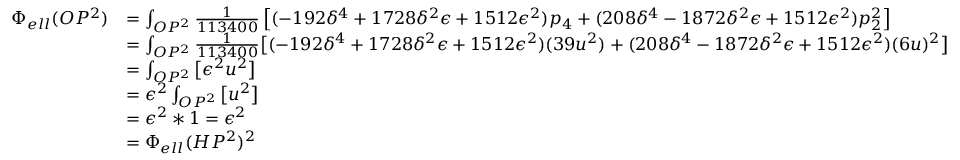
{ \begin{array} { r l } { \Phi _ { e l l } ( O P ^ { 2 } ) } & { = \int _ { O P ^ { 2 } } { \frac { 1 } { 1 1 3 4 0 0 } } \left[ ( - 1 9 2 \delta ^ { 4 } + 1 7 2 8 \delta ^ { 2 } \epsilon + 1 5 1 2 \epsilon ^ { 2 } ) p _ { 4 } + ( 2 0 8 \delta ^ { 4 } - 1 8 7 2 \delta ^ { 2 } \epsilon + 1 5 1 2 \epsilon ^ { 2 } ) p _ { 2 } ^ { 2 } \right] } \\ & { = \int _ { O P ^ { 2 } } { \frac { 1 } { 1 1 3 4 0 0 } } { \big [ } ( - 1 9 2 \delta ^ { 4 } + 1 7 2 8 \delta ^ { 2 } \epsilon + 1 5 1 2 \epsilon ^ { 2 } ) ( 3 9 u ^ { 2 } ) + ( 2 0 8 \delta ^ { 4 } - 1 8 7 2 \delta ^ { 2 } \epsilon + 1 5 1 2 \epsilon ^ { 2 } ) ( 6 u ) ^ { 2 } { \big ] } } \\ & { = \int _ { O P ^ { 2 } } { \big [ } \epsilon ^ { 2 } u ^ { 2 } { \big ] } } \\ & { = \epsilon ^ { 2 } \int _ { O P ^ { 2 } } { \big [ } u ^ { 2 } { \big ] } } \\ & { = \epsilon ^ { 2 } * 1 = \epsilon ^ { 2 } } \\ & { = \Phi _ { e l l } ( H P ^ { 2 } ) ^ { 2 } } \end{array} }